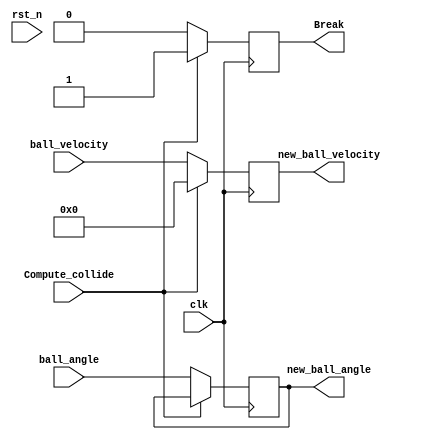
module collision_prcs (
    input Compute_collide,
    input clk,
    input rst_n,
    input [31:0] ball_velocity,
    input [16:0] ball_angle,
    output reg [31:0] new_ball_velocity,
    output reg [16:0] new_ball_angle,
    output reg Break  //
);

initial begin
    Break = 0;
end

always @(posedge clk) begin
    if(Compute_collide)
    begin
        //new_ball_velocity = {ball_velocity[31:16], 1'b1, ball_velocity[14:0]};
        //
        // 
        new_ball_velocity = 32'b0; //
        Break = 1;
    end
    else 
    begin
        //collide=0
        new_ball_angle = ball_angle;
        new_ball_velocity = ball_velocity;
        Break = 0;
    end
end

endmodule